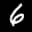
Label: 6